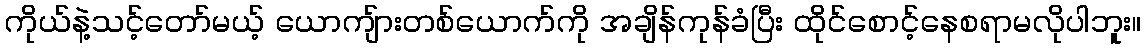
ကိုယ်နဲ့သင့်တော်မယ့် ယောကျ်ားတစ်ယောက်ကို အချိန်ကုန်ခံပြီး ထိုင်စောင့်နေစရာမလိုပါဘူး။